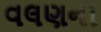
વલણના